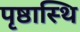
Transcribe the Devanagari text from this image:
पृष्ठास्थि